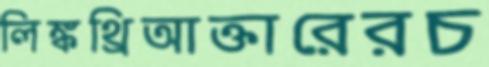
লিঙ্কথ্রিআক্তারেরচ